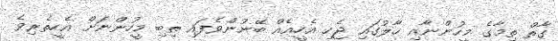
ގާތް ތިމާގެ މީހުންނާއި ހާލުގައި ޖެހި އެހީއެއް ބޭނުންވެފައި ތިބި މީހުންނަށް އެހީތެރިވެ